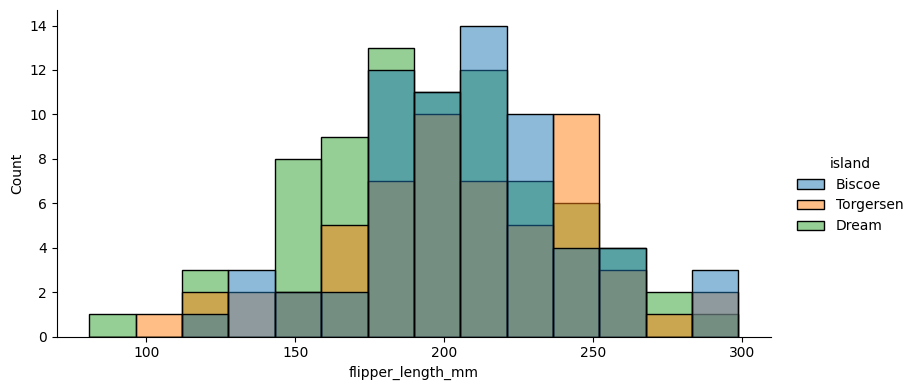
python, seaborn, displot, kind='hist', column='flipper_length_mm', hue='island', height=4, aspect=2.0